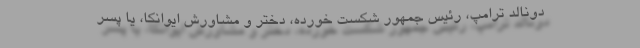
دونالد ترامپ، رئیس جمهور شکست خورده، دختر و مشاورش ایوانکا، یا پسر